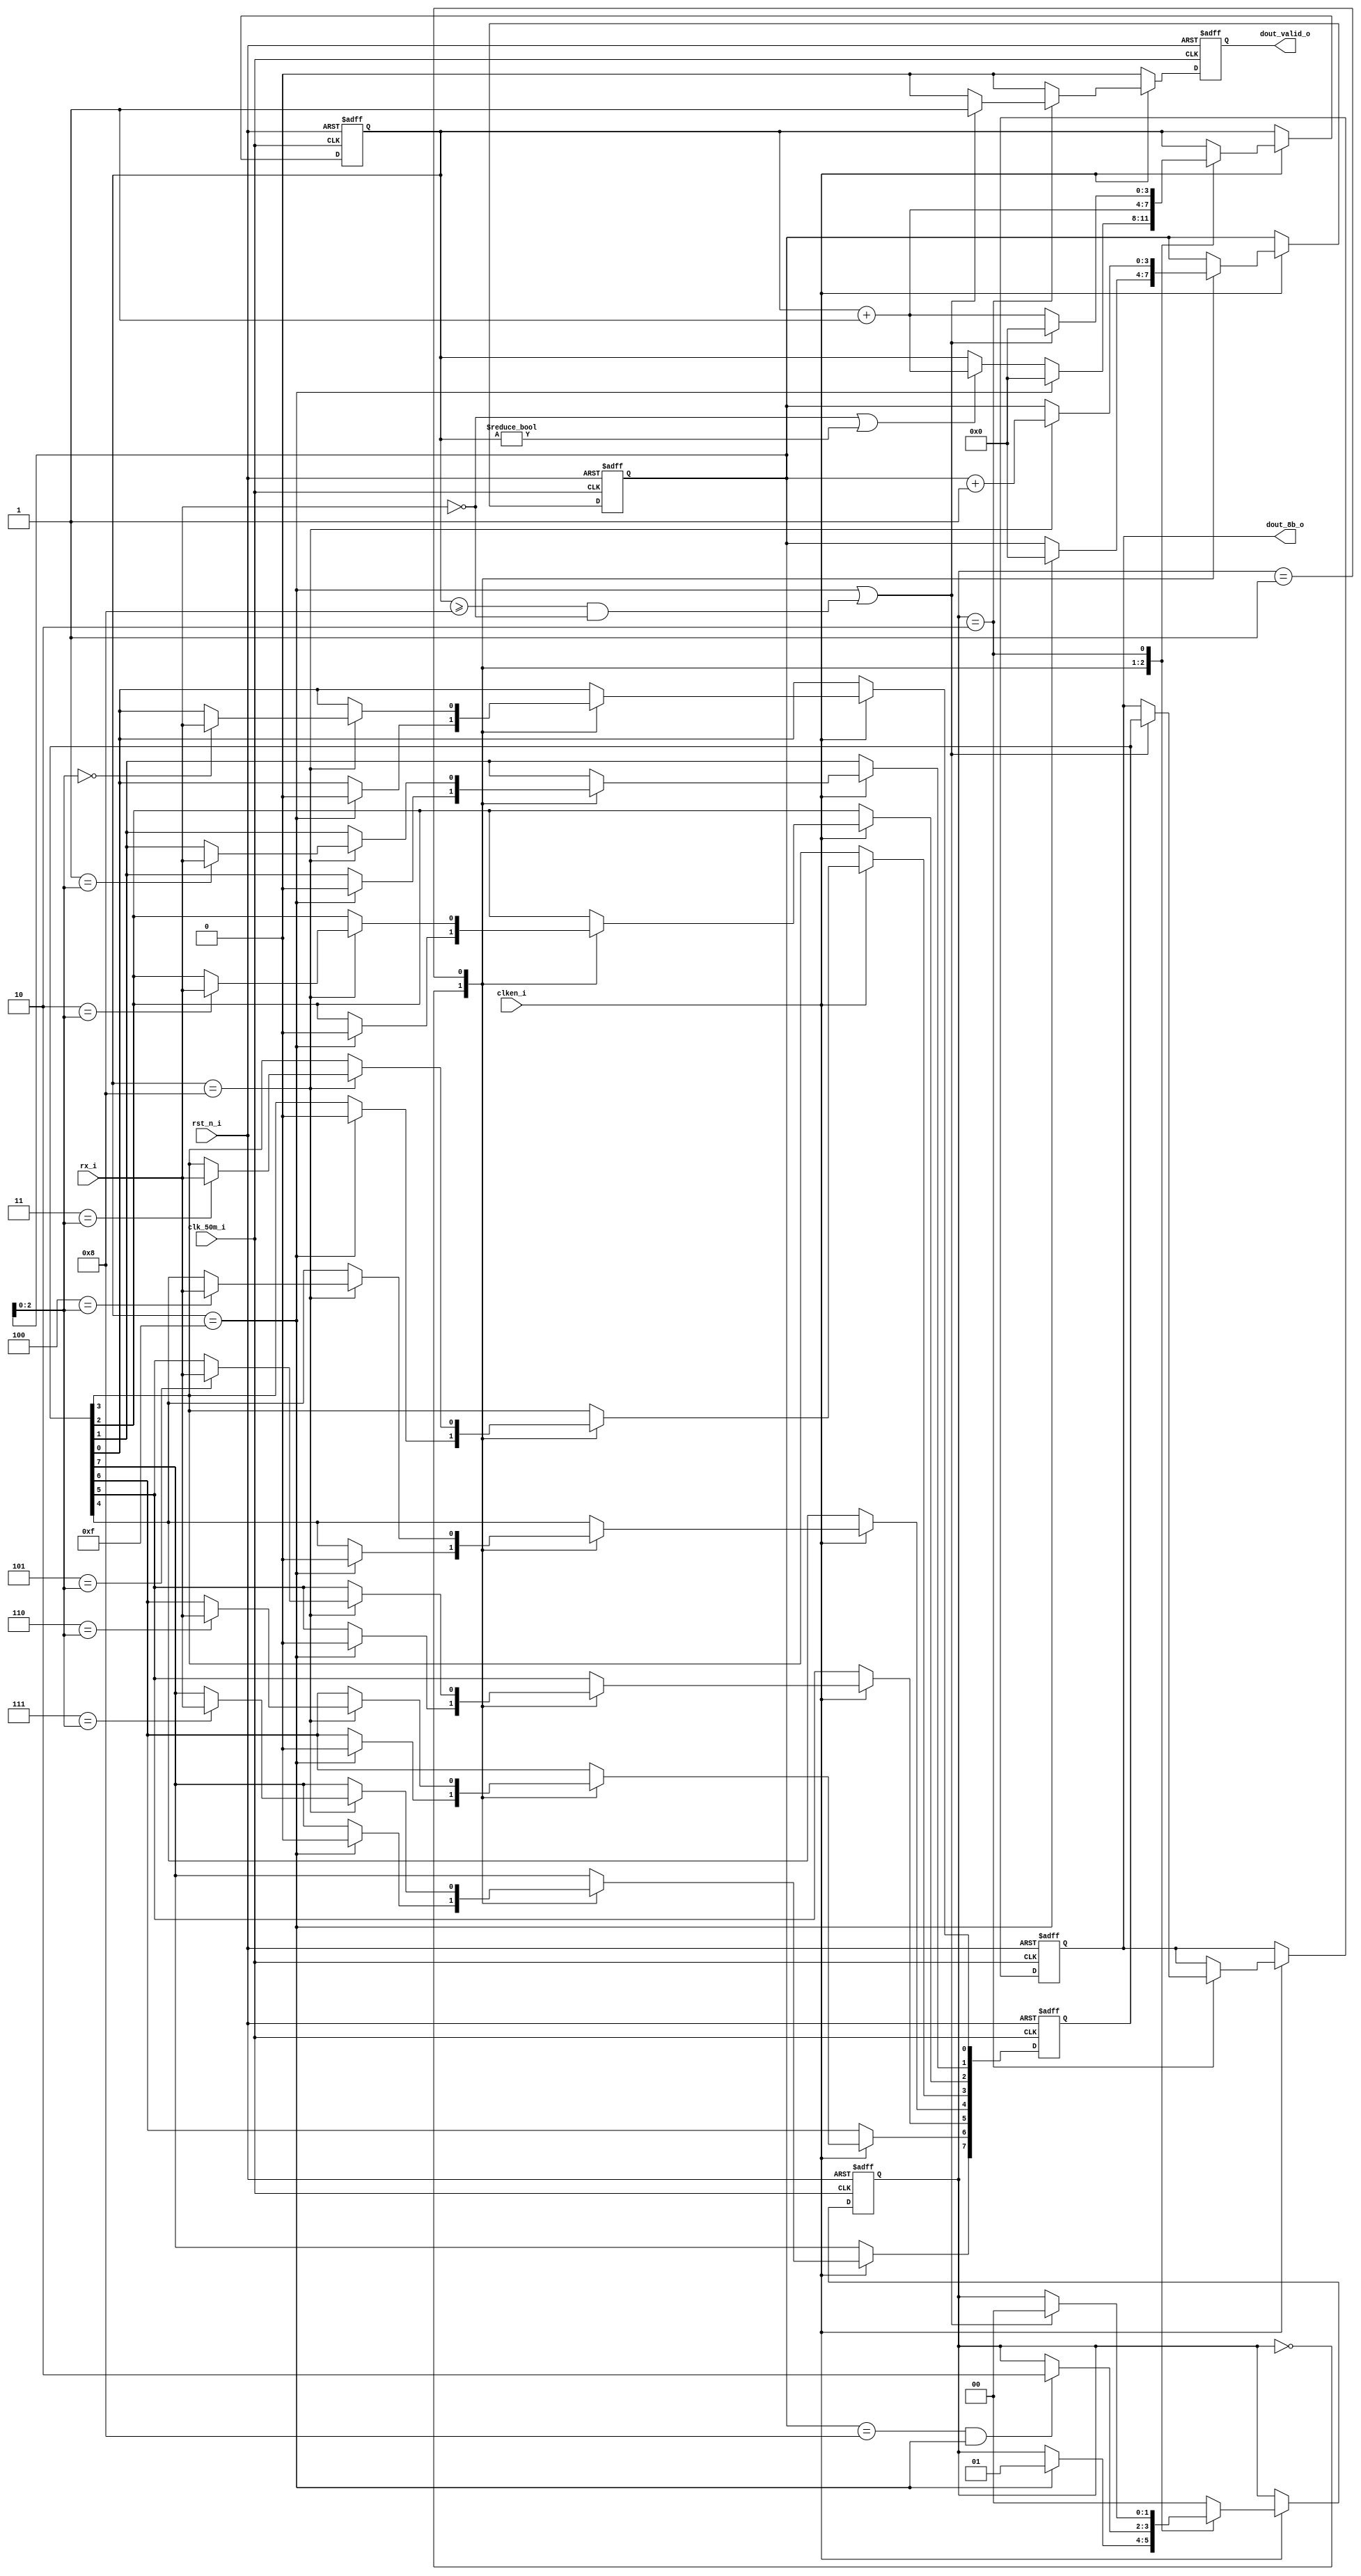
/*
 *  uart_hardware -- Hardware for uart.
 *
 *  Please communicate with Junnan Li <lijunnan@nudt.edu.cn> when meeting any question.
 *  Copyright and related rights are licensed under the MIT license.
 *
 *  Data: 2021.11.20
 *  Description: receive data 1b by 1b.  
 */
module receiver(
  input                 clk_50m_i,
  input                 rst_n_i,
  input                 clken_i,
  output  reg   [7:0]   dout_8b_o,
  output  reg           dout_valid_o,
  input                 rx_i
);


parameter RX_STATE_START  = 2'b00;
parameter RX_STATE_DATA   = 2'b01;
parameter RX_STATE_STOP   = 2'b10;

reg [1:0] state;
reg [3:0] sample;
reg [3:0] bitpos;
reg [7:0] scratch;

integer i;
always @(posedge clk_50m_i or negedge rst_n_i) begin
  if (!rst_n_i) begin
    dout_valid_o      <= 1'b0;
    dout_8b_o         <= 8'b0;
    state             <= RX_STATE_START;
    bitpos            <= 3'b0;
    sample            <= 4'b0;
    scratch           <= 8'b0;
  end
  else begin
    dout_valid_o      <= 1'b0;
    if (clken_i) begin
      case (state)
        RX_STATE_START: begin
          /*
          * Start counting from the first low sample, once we've
          * sampled a full bit, start collecting data bits.
          */
          if (!rx_i || sample != 0)
            sample      <= sample + 4'b1;

          if (sample == 4'd15) begin
            state       <= RX_STATE_DATA;
            bitpos      <= 0;
            sample      <= 0;
            scratch     <= 0;
          end
        end
        RX_STATE_DATA: begin
          sample        <= sample + 4'b1;
          if (sample == 4'h8) begin
            for(i=0; i<8; i=i+1) begin
              if(i == bitpos[2:0])
                scratch[i] <= rx_i;
            end
            bitpos      <= bitpos + 4'b1;
          end
          if (bitpos == 4'd8 && sample == 4'd15)
            state       <= RX_STATE_STOP;
        end
        RX_STATE_STOP: begin
          /*
           * Our baud clock may not be running at exactly the
           * same rate as the transmitter.  If we thing that
           * we're at least half way into the stop bit, allow
           * transition into handling the next start bit.
           */
          if (sample == 4'd15 || (sample >= 4'd8 && !rx_i)) begin
            state         <= RX_STATE_START;
            dout_8b_o     <= scratch;
            dout_valid_o  <= 1'b1;
            sample        <= 0;
          end else begin
            sample        <= sample + 4'b1;
          end
        end
        default: begin
          state           <= RX_STATE_START;
        end
      endcase
    end
  end
end

endmodule